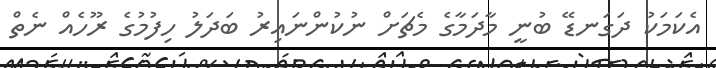
އެކަމަކު ދަގަނޑޭ ބުނީ މާދަމާގެ މެޗަށް ނުކުންނައިރު ބަދަލު ހިފުމުގެ ރޫހެއް ނެތް